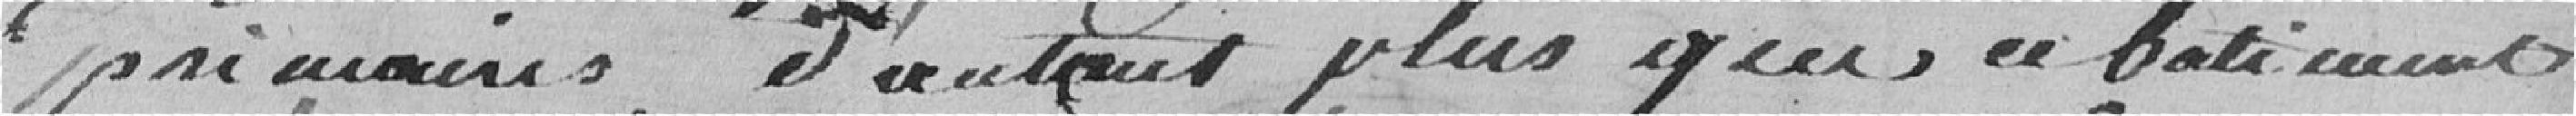
primaires, d'autant plus que ce bâtiment